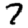
Digit: 7